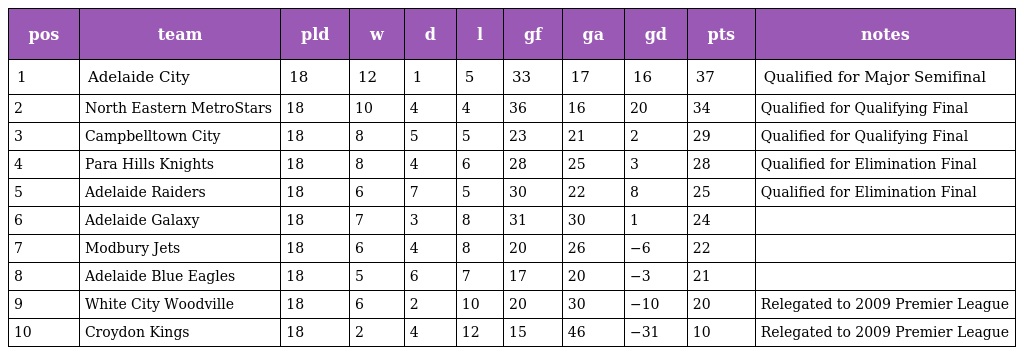
| pos | team | pld | w | d | l | gf | ga | gd | pts | notes |
 | --- | --- | --- | --- | --- | --- | --- | --- | --- | --- | --- |
 | 1 | Adelaide City | 18 | 12 | 1 | 5 | 33 | 17 | 16 | 37 | Qualified for Major Semifinal |
 | 2 | North Eastern MetroStars | 18 | 10 | 4 | 4 | 36 | 16 | 20 | 34 | Qualified for Qualifying Final |
 | 3 | Campbelltown City | 18 | 8 | 5 | 5 | 23 | 21 | 2 | 29 | Qualified for Qualifying Final |
 | 4 | Para Hills Knights | 18 | 8 | 4 | 6 | 28 | 25 | 3 | 28 | Qualified for Elimination Final |
 | 5 | Adelaide Raiders | 18 | 6 | 7 | 5 | 30 | 22 | 8 | 25 | Qualified for Elimination Final |
 | 6 | Adelaide Galaxy | 18 | 7 | 3 | 8 | 31 | 30 | 1 | 24 |  |
 | 7 | Modbury Jets | 18 | 6 | 4 | 8 | 20 | 26 | −6 | 22 |  |
 | 8 | Adelaide Blue Eagles | 18 | 5 | 6 | 7 | 17 | 20 | −3 | 21 |  |
 | 9 | White City Woodville | 18 | 6 | 2 | 10 | 20 | 30 | −10 | 20 | Relegated to 2009 Premier League |
 | 10 | Croydon Kings | 18 | 2 | 4 | 12 | 15 | 46 | −31 | 10 | Relegated to 2009 Premier League |